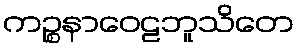
ကဉ္စနာဝေဠဘူသိတေ